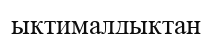
ықтималдықтан